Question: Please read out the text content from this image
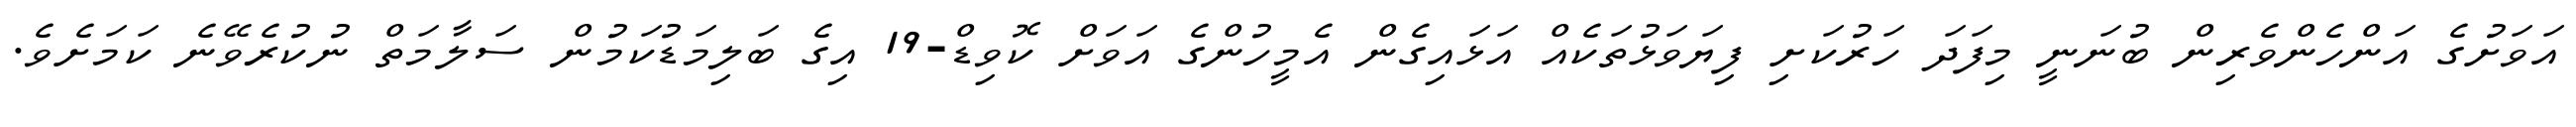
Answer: އަވަށުގެ އަންހެންވެރިން ބުނަނީ މިފަދަ ހަރުކަށި ފިޔަވަޅުތަކެއް އަޅައިގެން އެމީހުންގެ އަވަށް ކޮވިޑް-19 އިގެ ބަލިމަޑުކަމުން ސަލާމަތް ނުކުރެވޭނެ ކަމަށެވެ.